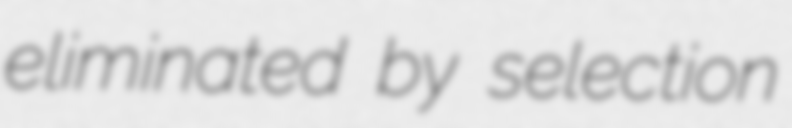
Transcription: eliminated by selection